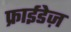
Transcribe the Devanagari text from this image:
फ्राईडेज़